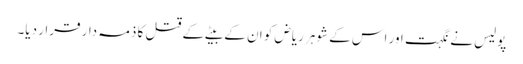
پولیس نے نگہت اور اس کے شوہر ریاض کو ان کے بیٹے کے قتل کا ذمہ دار قرار دیا۔